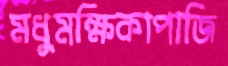
মধুমক্ষিকাপাজি